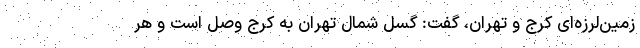
زمین‌لرزه‌ای کرج و تهران، گفت: گسل شمال تهران به کرج وصل است و هر